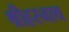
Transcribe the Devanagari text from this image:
श्रीहरनाथ